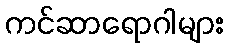
ကင်ဆာရောဂါများ